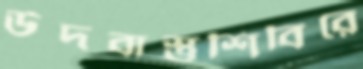
উদবাস্তুশিবিরে